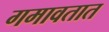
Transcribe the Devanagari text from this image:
गमावतात